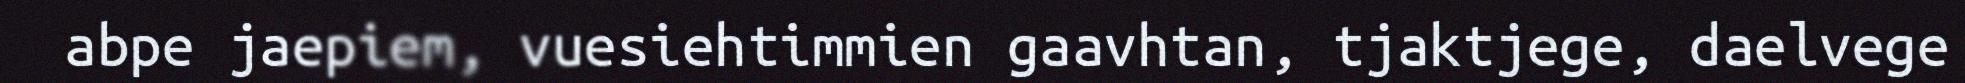
abpe jaepiem, vuesiehtimmien gaavhtan, tjaktjege, daelvege